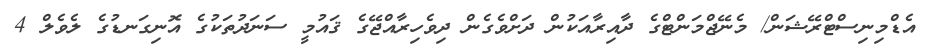
އެޑްމިނިސްޓްރޭޝަން/ މެނޭޖްމަންޓްގެ ދާއިރާއަކުން ދަށްވެގެން ދިވެހިރާއްޖޭގެ ޤައުމީ ސަނަދުތަކުގެ އޮނިގަނޑުގެ ލެވެލް 4